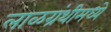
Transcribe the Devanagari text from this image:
लाळग्रंथीमध्ये